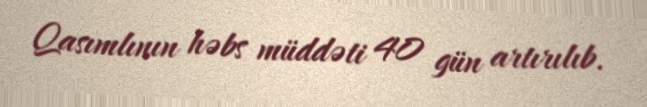
Qasımlının həbs müddəti 40 gün artırılıb.